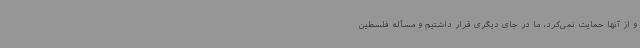
و از آنها حمایت نمی‌کرد، ما در جای دیگری قرار داشتیم و مسأله فلسطین